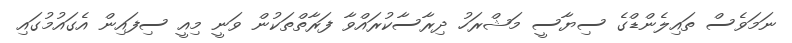
ނަމަވެސް ތައިލެންޑްގެ ސިޔާސީ މަޝްރަހު ދިރާސާކުރައްވާ ފަރާތްތަކުން ވަނީ މިއީ ސިފައިން އެގައުމުގައި